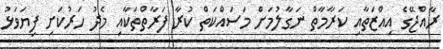
ރާއްޖޭގެ އިއްޒަތާއި ކަރާމާތް ނަގާލުމަށް މަސައްކަތް ކުރާ ފަރާތްތަކާއި މެދު ހަރުކަށި ފިޔަވަޅު